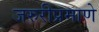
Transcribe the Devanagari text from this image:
जरुरीप्रमाणे